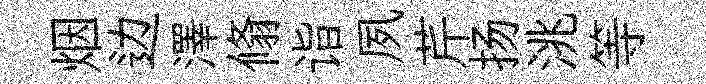
烟边澤翛诣夙芹扬洮等